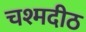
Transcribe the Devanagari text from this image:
चश्मदीठ